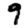
Digit: 9